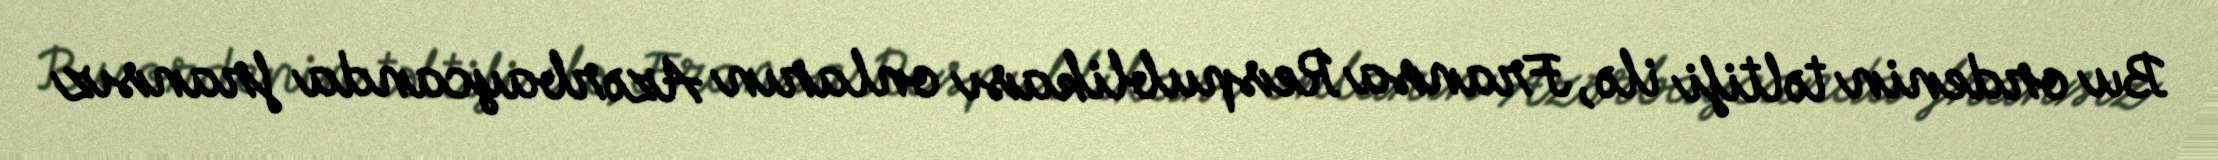
Bu ordenin təltifi ilə, Fransa Respublikası onların Azərbaycanda fransız